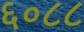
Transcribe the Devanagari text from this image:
६०८८